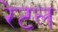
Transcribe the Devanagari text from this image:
रेटल